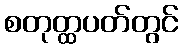
စတုတ္ထပတ်တွင်